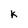
Character: k